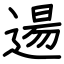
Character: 逿